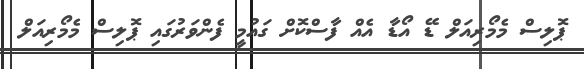
ޕޮލިސް މެމޯރިއަލް ޑޭ އޯޑާ އެއް ފާސްކޮށް ގައުމީ ފެންވަރުގައި ޕޮލިސް މެމޯރިއަލް